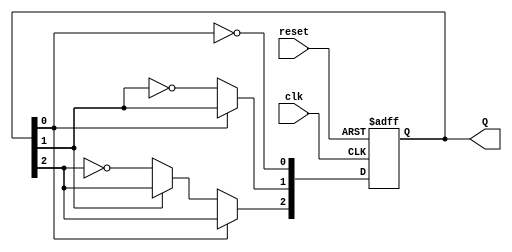
module ripple_counter (
    input wire clk,       // Clock input
    input wire reset,     // Asynchronous reset
    output reg [2:0] Q    // 3-bit output
);

// Flip-Flop behavior
always @(posedge clk or posedge reset) begin
    if (reset) begin
        Q <= 3'b000; // Reset the counter to 0
    end else begin
        // Ripple counter logic using T Flip-Flops
        Q[0] <= ~Q[0]; // Toggle the least significant bit (LSB)
        if (Q[0] == 1'b0) begin // If Q[0] transitions from 1 to 0
            Q[1] <= ~Q[1]; // Toggle next flip-flop
            if (Q[1] == 1'b0) begin // If Q[1] transitions from 1 to 0
                Q[2] <= ~Q[2]; // Toggle most significant bit (MSB)
            end
        end
    end
end

endmodule